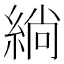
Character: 緔